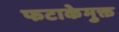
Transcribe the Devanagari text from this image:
फटाकेमुक्त